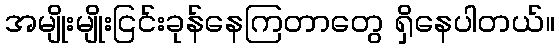
အမျိုးမျိုးငြင်းခုန်နေကြတာတွေ ရှိနေပါတယ်။